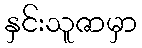
နှင်းသူဇာမှာ